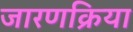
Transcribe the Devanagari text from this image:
जारणक्रिया